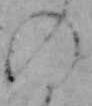
の